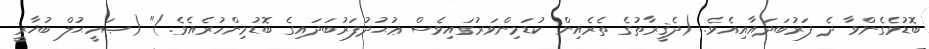
ބޮޑުވެގެންވާ ދެ ފަރުބަދައާއިއެވެ. (ދެޤީރާތުގެ ތެރެއިން ކުޑަމިންވަރުގައިވެސް ޢުޙުދުފަރުބަދައިގެ ބޮޑުމިންހުރެއެވެ.)" (ޞަހީޙުލް ބުޚާރީ